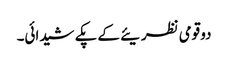
دو قومی نظریئے کے پکے شیدائی۔